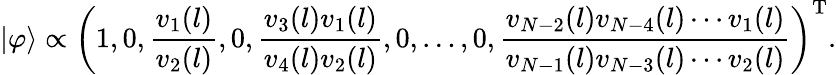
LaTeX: |\varphi\rangle\propto\left(1,0,\frac{v_{1}(l)}{v_{2}(l)},0,\frac{v_{3}(l)v_{1}(l)}{v_{4}(l)v_{2}(l)},0,\dots,0,\frac{v_{N-2}(l)v_{N-4}(l)\cdots v_{1}(l)}{v_{N-1}(l)v_{N-3}(l)\cdots v_{2}(l)}\right)^{\mathrm{T}}.